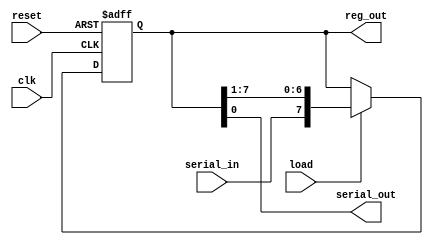
module shift_register (reset, clk, load, serial_in, reg_out, serial_out);
     parameter N = 8;

     input reset, clk, load, serial_in;
     output reg [N-1:0] reg_out;
     output serial_out;

     // Asynchronous reset shift register with
     // a load enable signal attached to it
     always @(posedge clk or posedge reset) begin
          if (reset) reg_out <= 0;
          else if (load) reg_out <= {serial_in, reg_out[N-1:1]};
     end

     assign serial_out = reg_out[0];

endmodule